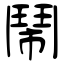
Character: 鬧